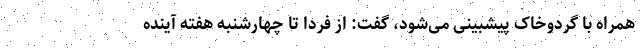
همراه با گردوخاک پیشبینی می‌شود، گفت: از فردا تا چهارشنبه هفته آینده